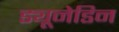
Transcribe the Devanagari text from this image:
ड्यूनेडिन